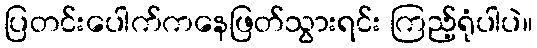
ပြတင်းပေါက်ကနေဖြတ်သွားရင်း ကြည့်ရုံပါပဲ။